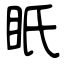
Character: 眂